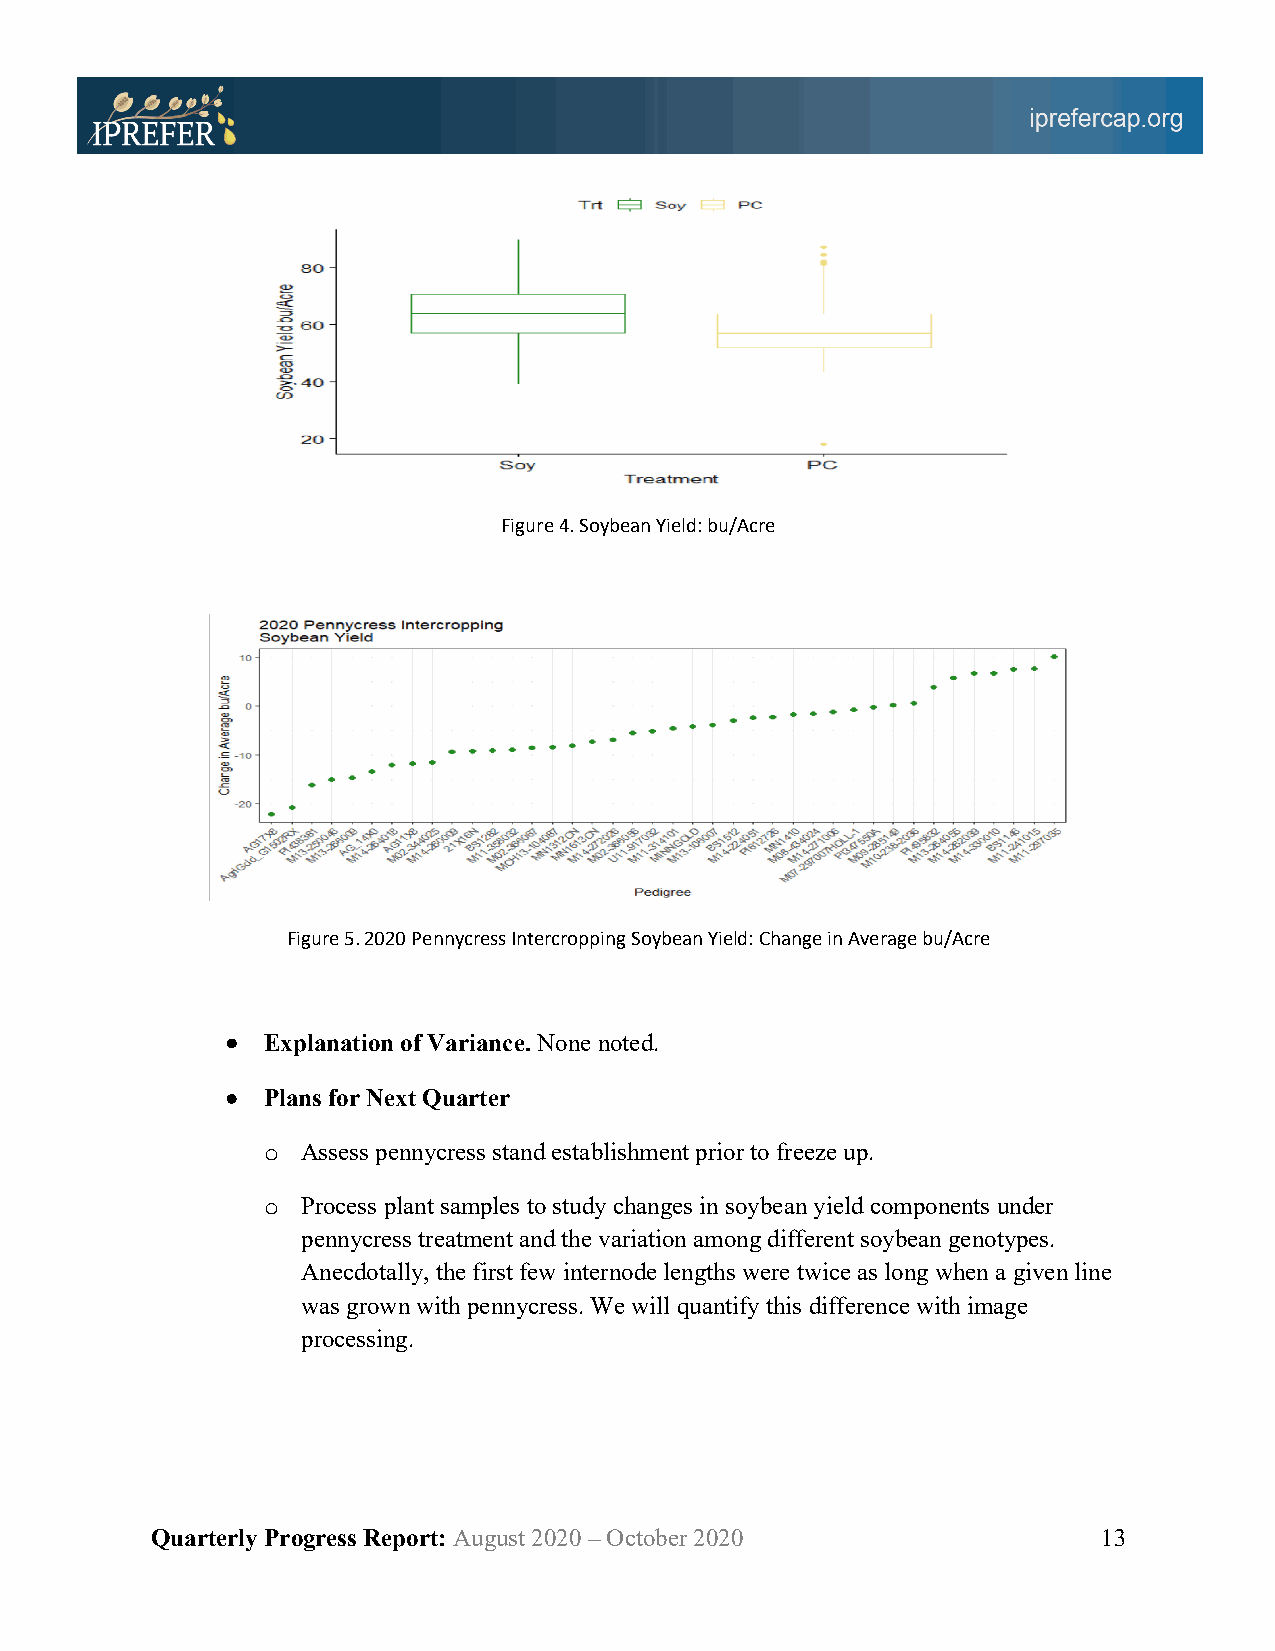
Figure 4. Soybean Yield: bu/Acre
 Figure 5. 2020 Pennycress Intercropping Soybean Yield: Change in Average bu/Acre
 • Explanation of Variance. None noted.
 • Plans for Next Quarter
 o  Assess pennycress stand establishment prior to freeze up.
 o  Process plant samples to study changes in soybean yield components under
 pennycress treatment and the variation among different soybean genotypes.
 Anecdotally, the first few internode lengths were twice as long when a given line
 was grown with pennycress. We will quantify this difference with image
 processing.
 Quarterly Progress Report: August 2020 – October 2020          13